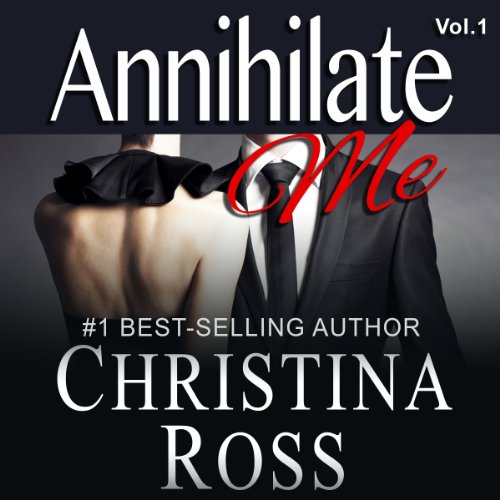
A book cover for Annihilate Me: The Annihilate Me Series, Volume 1; Christina Ross; Romance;